Indian journal of veterinary science and animal husbandry - Volumes 22-23, 1952-1953
Year: 1952
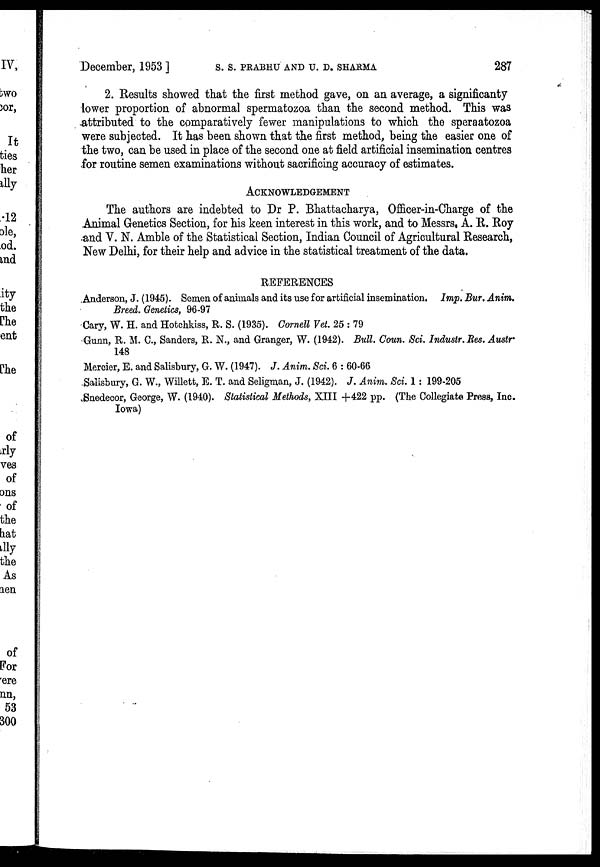
December, 1953] S. S. PRABHU AND U. D. SHARMA 287
2. Results showed that the first method gave, on an average, a significanty
lower proportion of abnormal spermatozoa than the second method. This was
attributed to the comparatively fewer manipulations to which the speraatozoa
were subjected. It has been shown that the first method, being the easier one of
the two, can be used in place of the second one at field artificial insemination centres
for routine semen examinations without sacrificing accuracy of estimates.
ACKNOWLEDGEMENT
The authors are indebted to Dr P. Bhattacharya, Officer-in-Charge of the
Animal Genetics Section, for his keen interest in this work, and to Messrs, A. R. Roy
and V. N. Amble of the Statistical Section, Indian Council of Agricultural Research,
New Delhi, for their help and advice in the statistical treatment of the data.
REFERENCES
Anderson, J. (1945). Semen of animals and its use for artificial insemination. Imp. Bur. Anim.
Breed. Genetics, 96-97
Cary, W. H. and Hotchkiss, R. S. (1935). Cornell Vet. 25:79
Gunn, R. M. C., Sanders, R. N., and Granger, W. (1942). Bull. Coun. Sci. Industr. Res. Austr
148
Mercier, E. and Salisbury, G. W. (1947). J. Anim. Sci. 6:60-66
Salisbury, G. W., Willett, E. T. and Seligman, J. (1942). J. Anim. Sci. 1:199-205
Snedecor, George, W. (1940). Statistical Methods, XIII +422 pp. (The Collegiate Press, Inc.
Iowa)